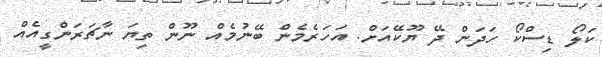
ކަލޯ ޑިސްކޯ ހަދަން ދޭ ޔޫކޭއަށް. އަހަރެމެން ބޭނުމެއް ނޫން ތިޔަ ނާޗަރަންގީއެއް